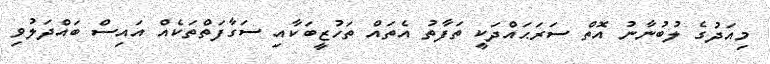
މިއަދުގެ ލުބުނާނު އޮތް ސަރަޙައްދަކީ ތަފާތު އެތައް ތަހުޒީބަކާއި ސަގާފަތްތަކެއް އައިސް ބައްދަލުވި